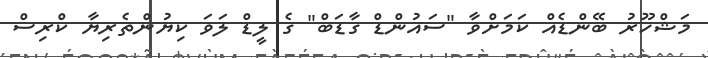
މަޝްހޫރު ބޭންޑެއް ކަމަށްވާ "ސައުންޑް ގާޑަބް" ގެ ލީޑް ލަވަ ކިޔުންތެރިޔާ ކްރިސް